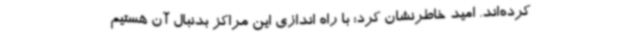
کرده‌اند. امید خاطرنشان کرد: با راه اندازی این مراکز بدنبال آن هستیم